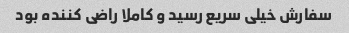
سفارش خیلی سریع رسید و کاملا راضی کننده بود